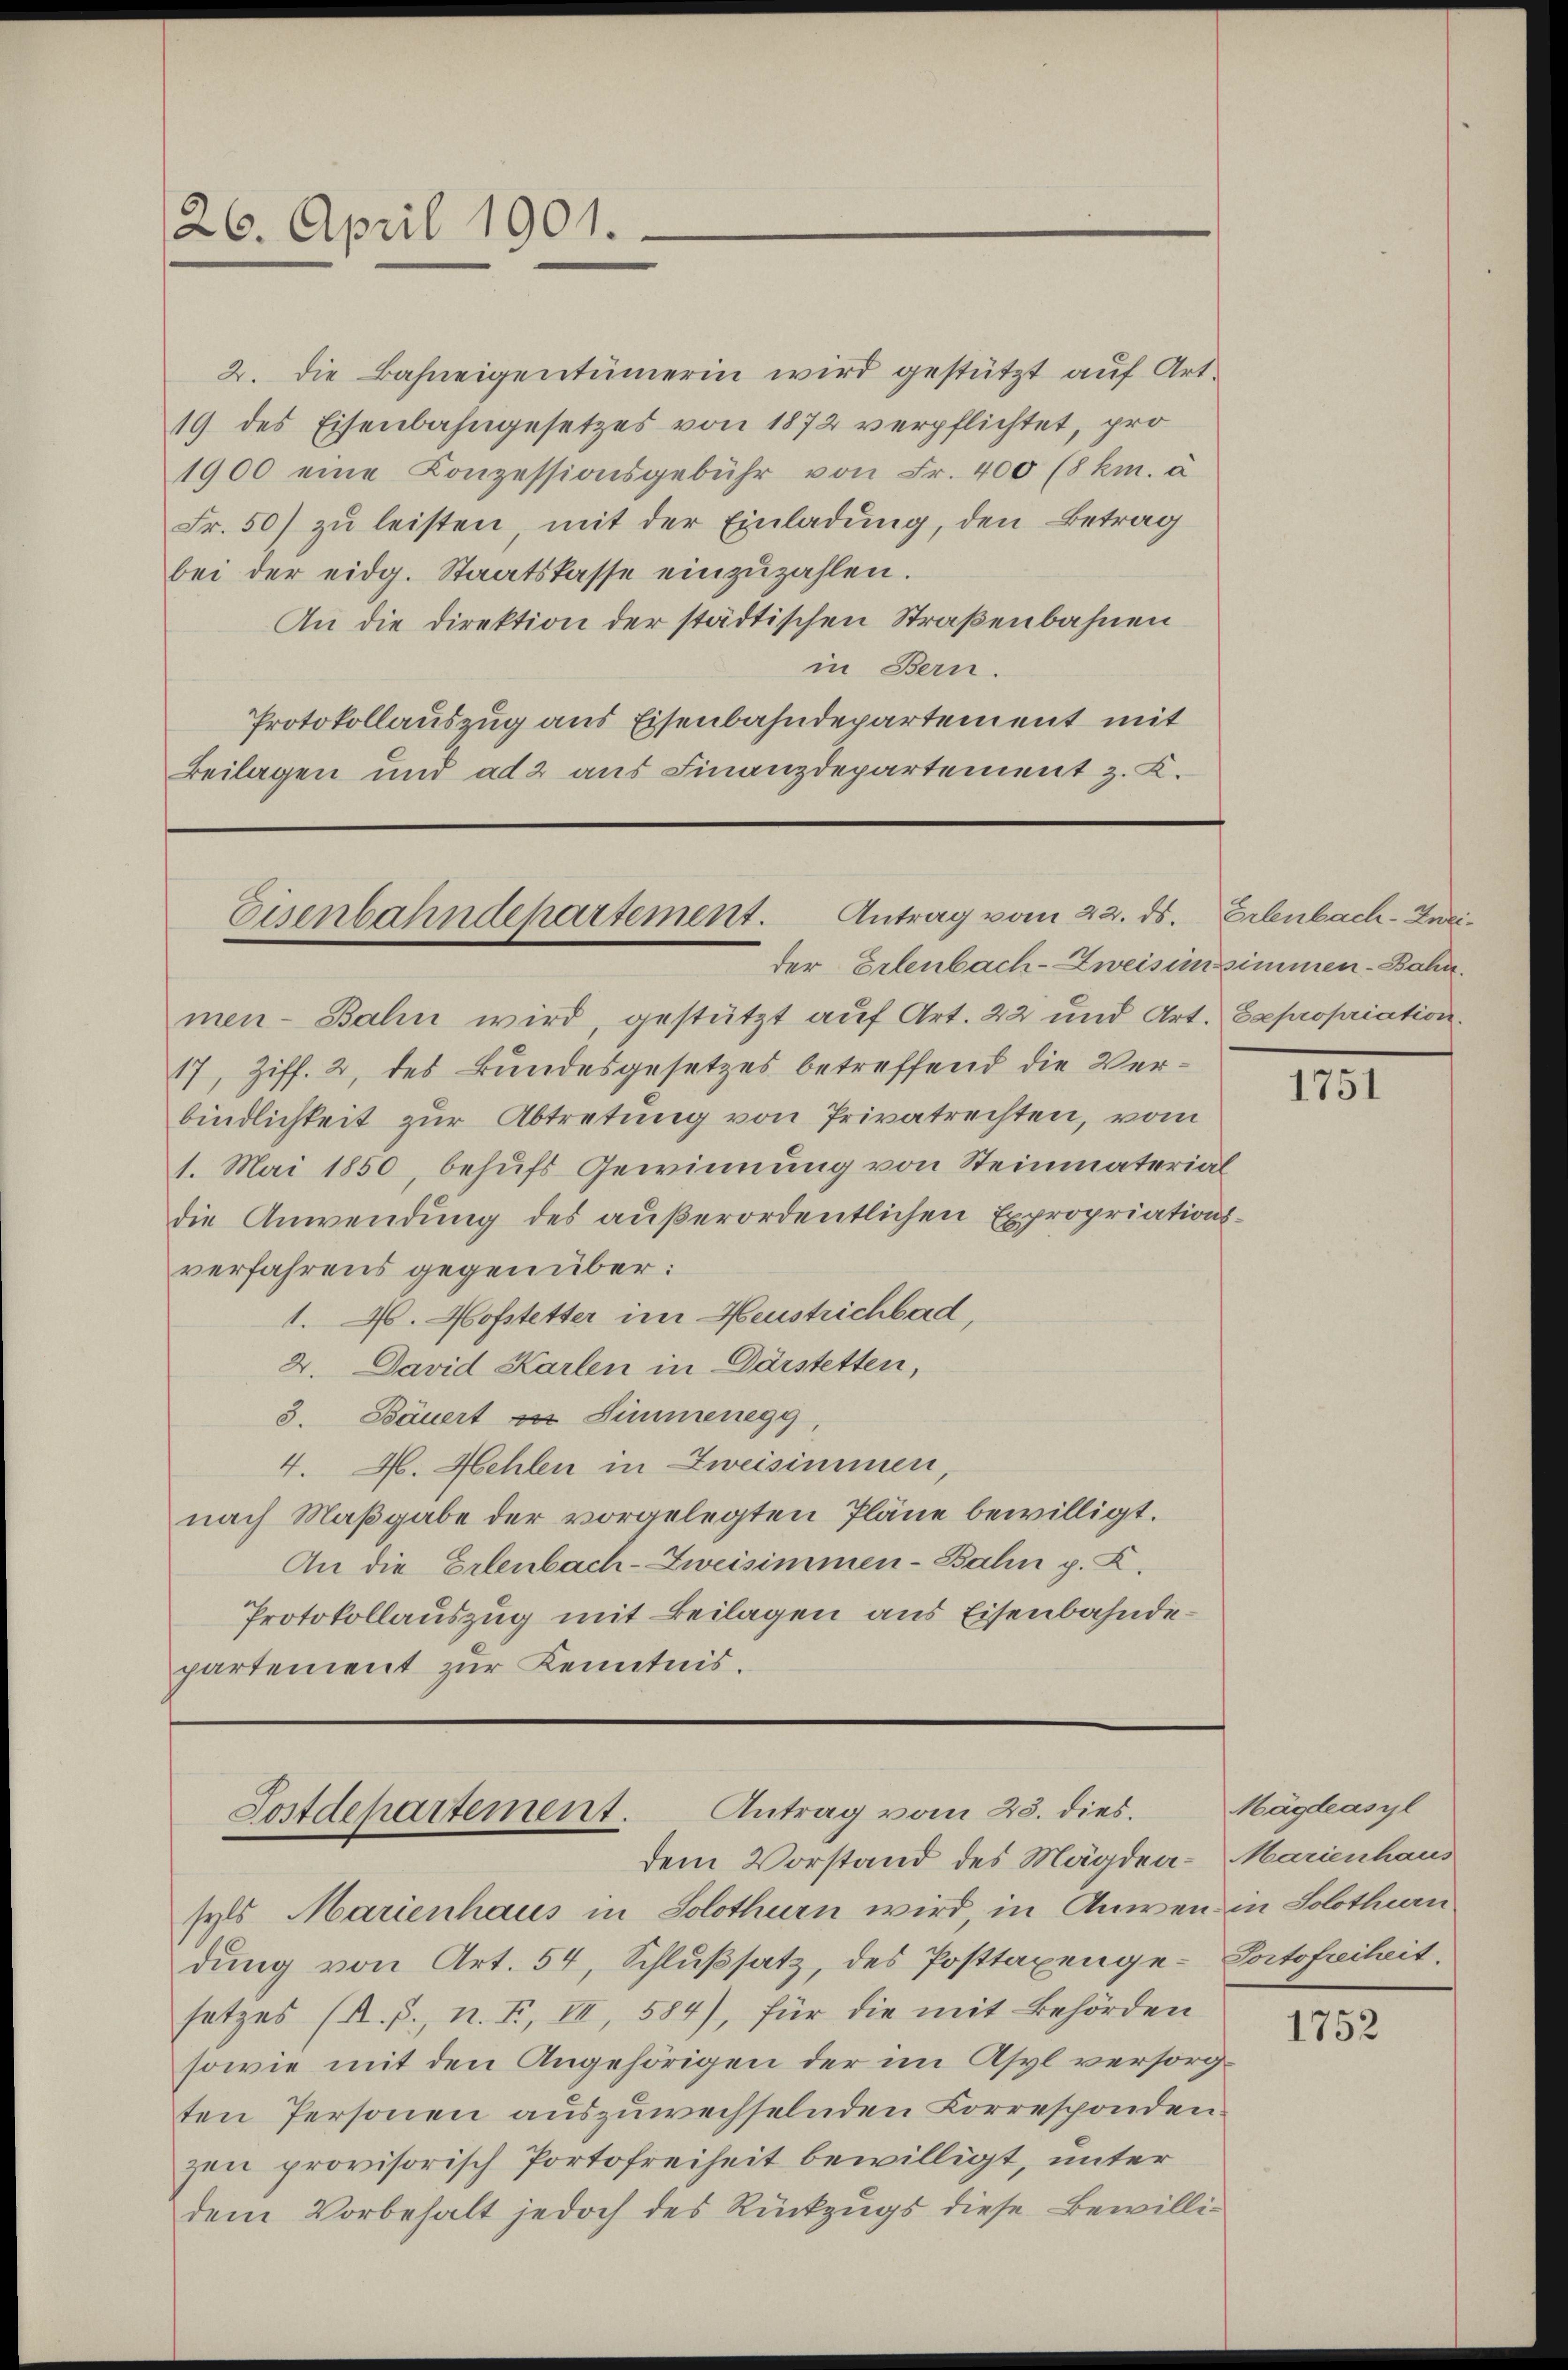
26. April 1901.

2. die Bahneigentümerin wird gestützt auf Art.
19 des Eisenbahngesetzes von 1872 verpflichtet, pro
1900 eine Konzessionsgebühr von Fr. 400 (8 km. à
Fr. 50) zu leisten, mit der Einladung, den Betrag
bei der eidg. Staatskasse einzŭzahlen.
An die Direktion der städtischen Straßenbahnen
in Bern.
Protokollauszug aus Eisenbahndepartement mit
Beilagen und ad 2 aus Finanzdepartement z. K.

Antrag vom 22. ds. Erlenbach-Znei¬
Eisenbahndepartement.
der Erlenbach-Zweisenzimmen-Bahn.

men- Bahn wird, gestützt auf Art. 22 und Art. Expropriation.
17, Ziff. 2, des Bundesgesetzes betreffend die Verbindlichkeit zur Abtretung von Privatrechten, vom
1. Mai 1850, behufs Gewinnung von Steinmaterial
die Anwendung des außerordentlichen Expropriationsverfahrens gegenüber:
1. 26. Hofstetter im Heustrichbad,
2. David Karlen in Darstetten,
3. Bäuert ist Simmenegg,
4. M. Hehlen in Zweisimmen,
nach Maßgabe der vorgelegten Pläne bewilligt.
An die Erlenbach-Zweisimmen-Bahn p. Z.
Protokollauszug mit Beilagen aus Eisenbahndepartement zur Kenntnis.

Antrag vom 23. dies.
Postdepartement.
dem Vorstand des Mägden- Marienhaus

syls Marienhaus in Solothurn wird in Anwen in Solothurn
dung von Art. 54, Schlußsatz, des Posttaxenge-Portofreiheit.
setzes (R. P., n. F. II, 584), für die mit Behörden
sowie mit den Angehörigen der im Asyl versorgten Personen auszuwechselnden Korrespondenzen provisorisch Portofreiheit bewilligt, unter
dem Vorbehalt jedoch des Rückzugs diese Bewilli¬

1751

Mägleasyl

1752